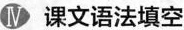
Ⅳ 课文语法填空